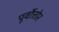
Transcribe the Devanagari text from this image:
पूर्वोत्तोर